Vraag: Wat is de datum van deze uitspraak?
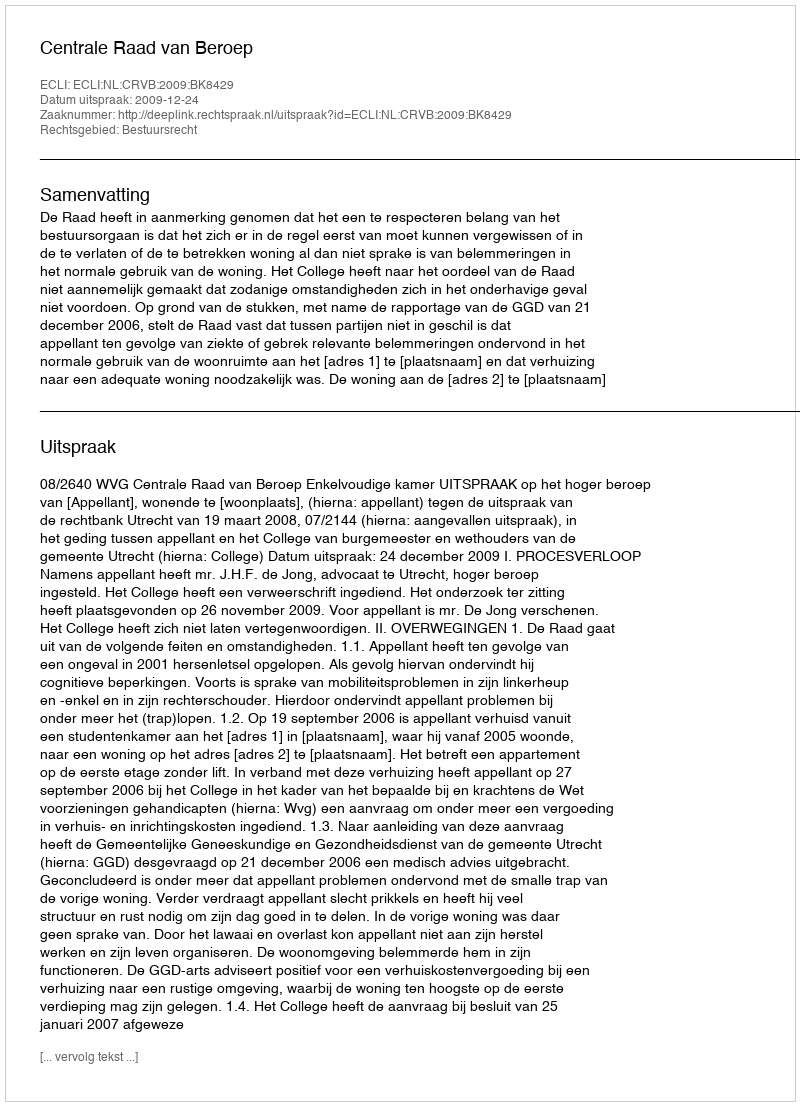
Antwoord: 2009-12-24